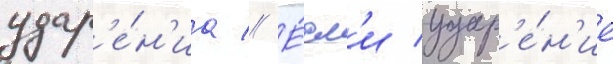
удар'е́н'иа // Е́сл'и удар'е́н'ие